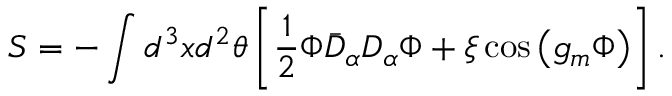
S = - \int d ^ { 3 } x d ^ { 2 } \theta \left[ \frac 1 2 \Phi \bar { D } _ { \alpha } D _ { \alpha } \Phi + \xi \cos \left( g _ { m } \Phi \right) \right] .